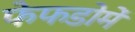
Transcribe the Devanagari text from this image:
फेफडोमें